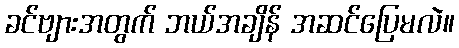
ခင်ဗျားအတွက် ဘယ်အချိန် အဆင်ပြေမလဲ။